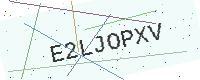
Text: E2LJOPXV